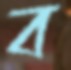
ব